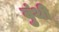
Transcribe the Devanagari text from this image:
वुंथी